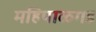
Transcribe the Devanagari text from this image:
महिपाळगड